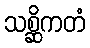
သစ္ဆိကတံ